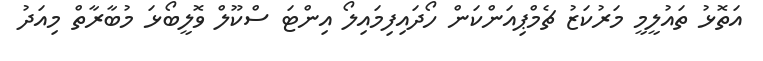
އަތޮޅު ތައުލީމީ މަރުކަޒު ޗެމްޕިއަންކަން ހޯދައިފިމައިލޯ އިންޓަ ސްކޫލް ވޮލީބޯޅަ މުބާރާތް މިއަދު